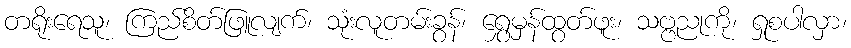
တရိုးရေသူ၊ ကြည်စိတ်ဖြူလျက်၊ သုံးလူတမ်းခွန်၊ ရွှေမှန်ထွတ်ဖူး၊ သဗ္ဗညုကို၊ ရှုစပါလှာ၊